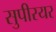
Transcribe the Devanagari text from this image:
सुपीरयर